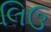
લિઉ